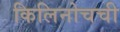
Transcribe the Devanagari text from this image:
किलिनोचची